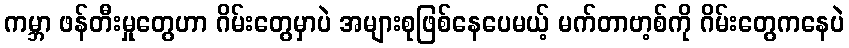
ကမ္ဘာ ဖန်တီးမှုတွေဟာ ဂိမ်းတွေမှာပဲ အများစုဖြစ်နေပေမယ့် မက်တာဗာ့စ်ကို ဂိမ်းတွေကနေပဲ